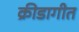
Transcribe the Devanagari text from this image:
क्रीडागीत